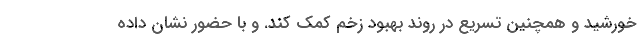
خورشید و همچنین تسریع در روند بهبود زخم کمک کند. و با حضور نشان داده